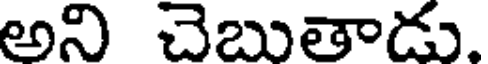
అని చెబుతాడు.